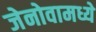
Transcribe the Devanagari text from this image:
जेनोवामध्ये